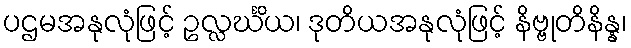
ပဌမအနုလုံဖြင့် ဥလ္လင်္ဃိယ၊ ဒုတိယအနုလုံဖြင့် နိဗ္ဗုတိနိန္န၊